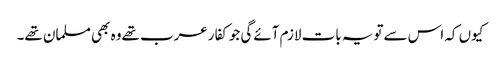
کیوں کہ اس سےتویہ بات لازم آئےگی جوکفارعرب تھےوہ بھی مسلمان تھے۔